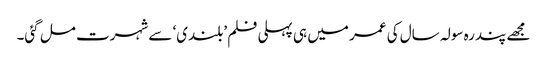
مجھے پندرہ سولہ سال کی عمر میں ہی پہلی فلم ’بلندی‘ سے شہرت مل گئی۔